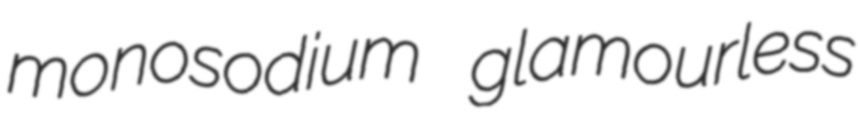
monosodium glamourless